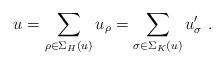
LaTeX: \begin{align*}u=\sum\limits_{\rho\in\Sigma_H(u)}u_\rho=\sum\limits_{\sigma\in\Sigma_K(u)}u'_\sigma\ .\end{align*}